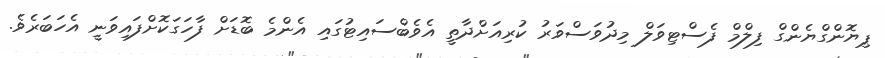
ޕިޔޮންގްޔެންގް ފިލްމް ފެސްޓިވަލް މިދުވަސްވަރު ކުރިއަށްދާތީ އެވެބްސައިޓުގައި އެންމެ ބޮޑަށް ފާހަގަކޮށްފައިވަނީ އެހަބަރެވެ.